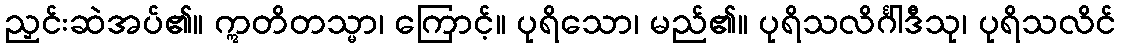
ညှင်းဆဲအပ်၏။ ဣတိတသ္မာ၊ ကြောင့်။ ပုရိသော၊ မည်၏။ ပုရိသလိင်္ဂါဒီသု၊ ပုရိသလိင်